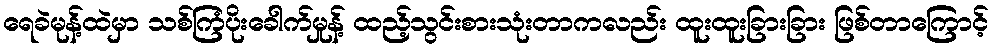
ရေခဲမုန့်ထဲမှာ သစ်ကြံပိုးခေါက်မှုန့် ထည့်သွင်းစားသုံးတာကလည်း ထူးထူးခြားခြား ဖြစ်တာကြောင့်